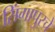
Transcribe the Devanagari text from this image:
सिंगापुरचे